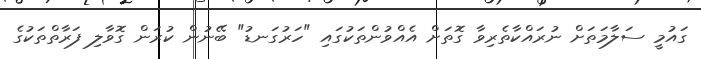
ގައުމީ ސަލާމަތަށް ނުރައްކާތެރިވާ ގޮތަށް އެއްވުންތަކުގައި "ހަރުގަނޑު" ބޭނުން ކުރަން ގޮވާލި ފަރާތްތަކުގެ